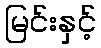
မြင်းနှင့်